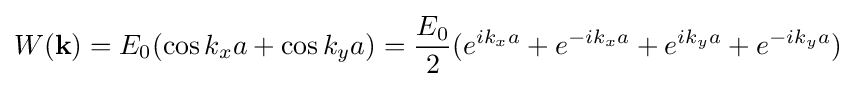
W(\mathbf {k} )=E_{0}(\cos k_{x}a+\cos k_{y}a)={\frac {E_{0}}{2}}(e^{ik_{x}a}+e^{-ik_{x}a}+e^{ik_{y}a}+e^{-ik_{y}a})